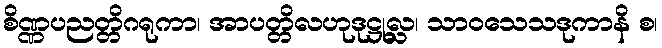
စိဏ္ဏပညတ္တိဂရုကာ၊ အာပတ္တိလဟုဒုဋ္ဌုလ္လ၊ သာဝသေသဒုကာနိ စ၊